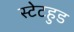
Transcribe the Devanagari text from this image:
स्टेटहुड